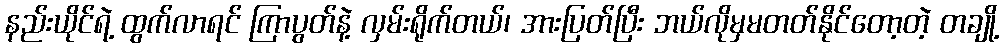
နည်းယိုင်ရဲ့ ထွက်လာရင် ကြာပွတ်နဲ့ လှမ်းရိုက်တယ်၊ အားပြတ်ပြီး ဘယ်လိုမှမတတ်နိုင်တော့တဲ့ တချို့